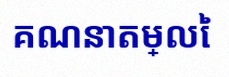
គណនាតម្លៃ